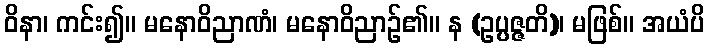
ဝိနာ၊ ကင်း၍။ မနောဝိညာဏံ၊ မနောဝိညာဉ်၏။ န (ဥပ္ပဇ္ဇတိ)၊ မဖြစ်။ အယံပိ